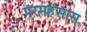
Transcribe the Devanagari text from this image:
परमहंसास